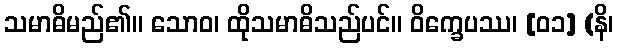
သမာဓိမည်၏။ သောဝ၊ ထိုသမာဓိသည်ပင်။ ဝိက္ခေပဿ၊ [၀၁] (နိ၊